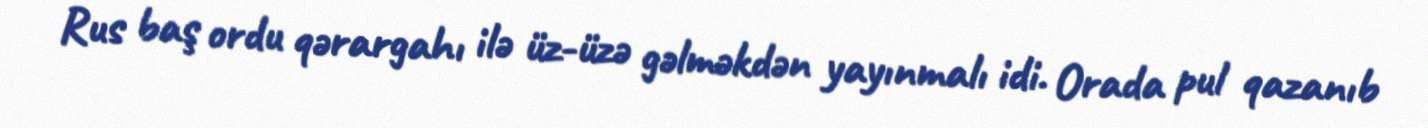
Rus baş ordu qərargahı ilə üz-üzə gəlməkdən yayınmalı idi. Orada pul qazanıb